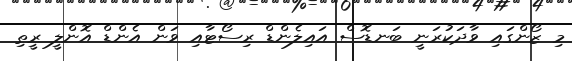
މި ޒޯންގައި ވާދަކުރަނީ ބަނޑޮސް އައިލެންޑް ރިސޯޓާއި ވަން އެންޑް އޮންލީ ރީތި